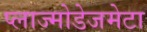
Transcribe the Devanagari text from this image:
प्लाज्मोडेजमेटा